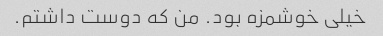
خیلی خوشمزه بود. من که دوست داشتم.